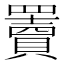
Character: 𦌷